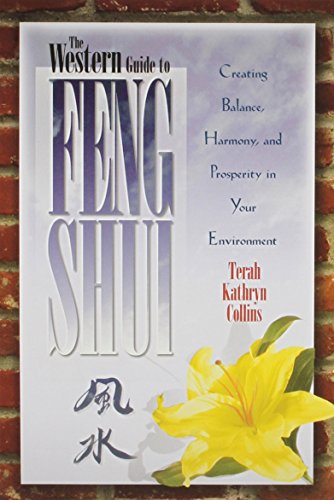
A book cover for The Western Guide to Feng Shui: Creating Balance, Harmony, and Prosperity in Your Environment; Terah Kathryn Collins; Religion & Spirituality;